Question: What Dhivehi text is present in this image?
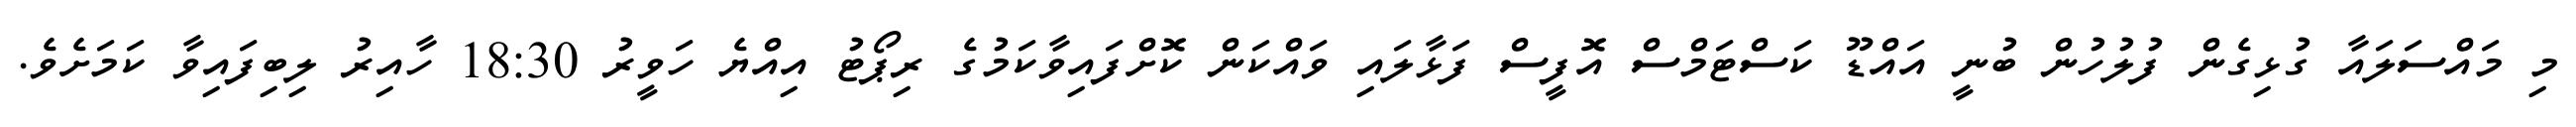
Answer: މި މައްސަލައާ ގުޅިގެން ފުލުހުން ބުނީ އައްޑޫ ކަސްޓަމްސް އޮފީސް ފަޅާލައި ވައްކަން ކޮށްފައިވާކަމުގެ ރިޕޯޓު އިއްޔެ ހަވީރު 18:30 ހާއިރު ލިބިފައިވާ ކަމަށެވެ.